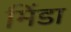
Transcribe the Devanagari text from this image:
मिंडा